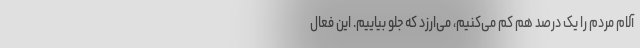
آلام مردم را یک درصد هم کم می‌کنیم، می‌ارزد که جلو بیاییم. این فعال